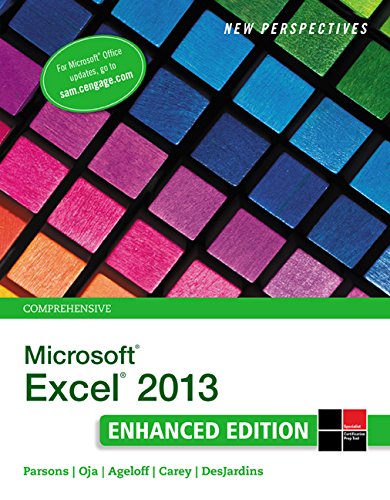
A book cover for New Perspectives on Microsoft Excel 2013, Comprehensive Enhanced Edition (Microsoft Office 2013 Enhanced Editions); Roy Ageloff; Computers & Technology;